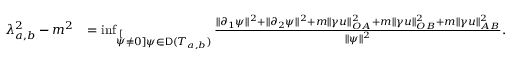
\begin{array} { r l } { \lambda _ { a , b } ^ { 2 } - m ^ { 2 } } & { = \operatorname* { i n f } _ { \stackrel [ \psi \not = 0 ] { \psi \in \mathsf { D } ( T _ { a , b } ) } } \frac { \| \partial _ { 1 } \psi \| ^ { 2 } + \| \partial _ { 2 } \psi \| ^ { 2 } + m \| \gamma u \| _ { O A } ^ { 2 } + m \| \gamma u \| _ { O B } ^ { 2 } + m \| \gamma u \| _ { A B } ^ { 2 } } { \| \psi \| ^ { 2 } } . } \end{array}